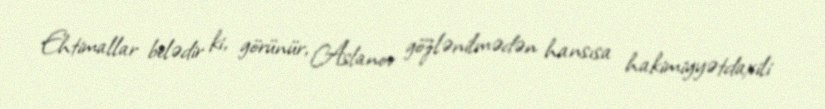
Ehtimallar belədir ki, görünür, Aslanov gözlənilmədən hansısa hakimiyyətdaxili